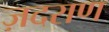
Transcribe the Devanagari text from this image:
ज़दराण